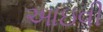
આઇવી